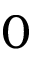
0